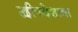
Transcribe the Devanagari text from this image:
द्वीपदेशाचा